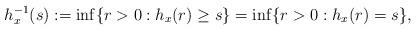
LaTeX: \begin{align*}h_x^{-1}(s) := \inf\{r > 0:h_x(r) \geq s\} = \inf\{r > 0:h_x(r) = s\} ,\end{align*}